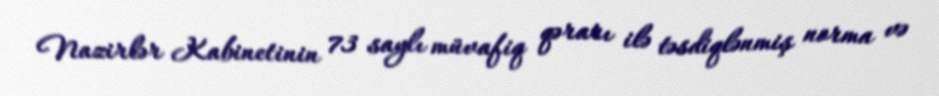
Nazirlər Kabinetinin 73 saylı müvafiq qərarı ilə təsdiqlənmiş norma və